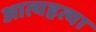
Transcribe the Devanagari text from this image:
आत्यहत्या